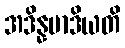
အဒိန္နမာဒိယတိ